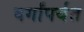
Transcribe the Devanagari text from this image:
वर्गांपर्यंत